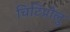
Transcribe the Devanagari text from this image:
चिटिप्रोलु